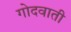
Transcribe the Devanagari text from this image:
गोदवाती